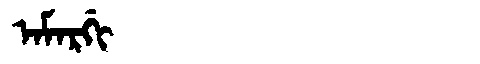
Manchu: ᠠᠮᠠᡵᡤᡳ
Romanization: AMARGI